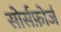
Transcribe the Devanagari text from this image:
सोर्सफ़ोर्ज